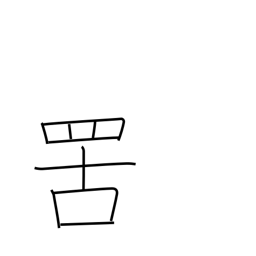
Meaning: net